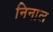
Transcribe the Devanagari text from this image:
निनाल